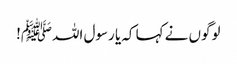
لوگوں نے کہا کہ یا رسول اللہﷺ!